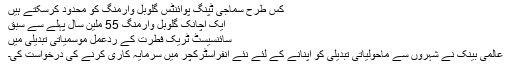
کس طرح سماجی ٹپنگ پوائنٹس گلوبل وارمنگ کو محدود کرسکتے ہیں
ایک اچانک گلوبل وارمنگ 55 ملین سال پہلے سے سبق
سائنسیسٹ ٹریک فطرت کے ردعمل موسمیاتی تبدیلی میں
عالمی بینک نے شہروں سے ماحولیاتی تبدیلی کو اپنانے کے لئے نئے انفراسٹرکچر میں سرمایہ کاری کرنے کی درخواست کی۔